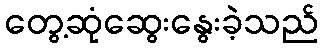
တွေ့ဆုံဆွေးနွေးခဲ့သည်